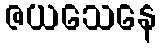
ဇယသေနေ